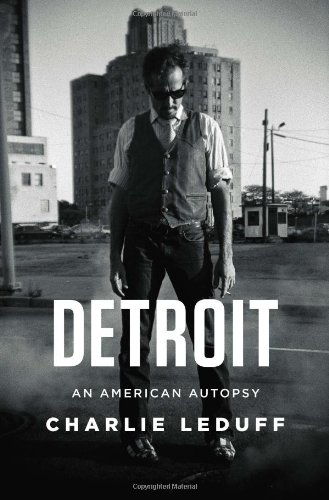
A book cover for Detroit: An American Autopsy; Charlie LeDuff; Biographies & Memoirs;